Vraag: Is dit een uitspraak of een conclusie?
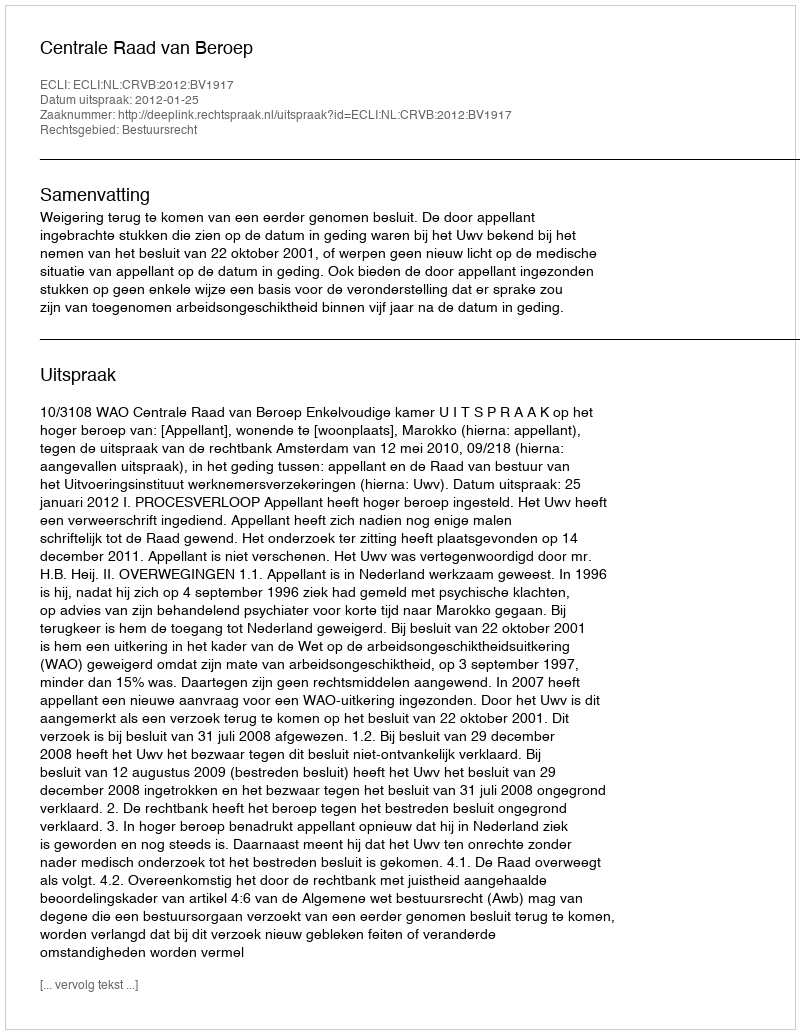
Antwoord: Uitspraak